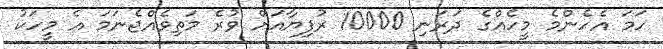
ހަމަ އެހެންމެ މީހެއްގެ ދަރަނި 10000 ރުފިޔާއަށް ވުރެ މަތިވެއްޖެނަމަ އެ މީހަކު